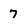
Character: 7